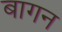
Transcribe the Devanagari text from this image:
बागन